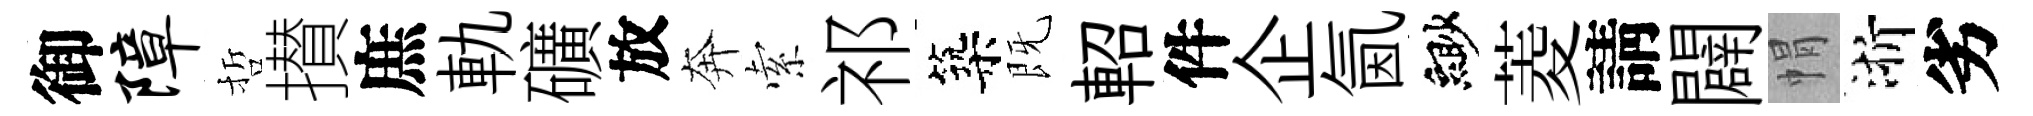
御障哲攅庶軌礦放奔索祁築既軺件企氤緲菱請闢㡌浙劣